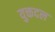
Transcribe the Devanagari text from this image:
युक्तदल